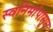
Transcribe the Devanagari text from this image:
स्वनिमांपासून